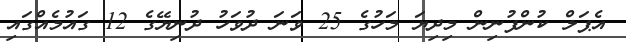
އެޕަލް ކުންފުނިން މިދިޔަ މަހުގެ 25 ވަނަ ދުވަހު ދުނިޔޭގެ 12 ގައުމެއްގައި